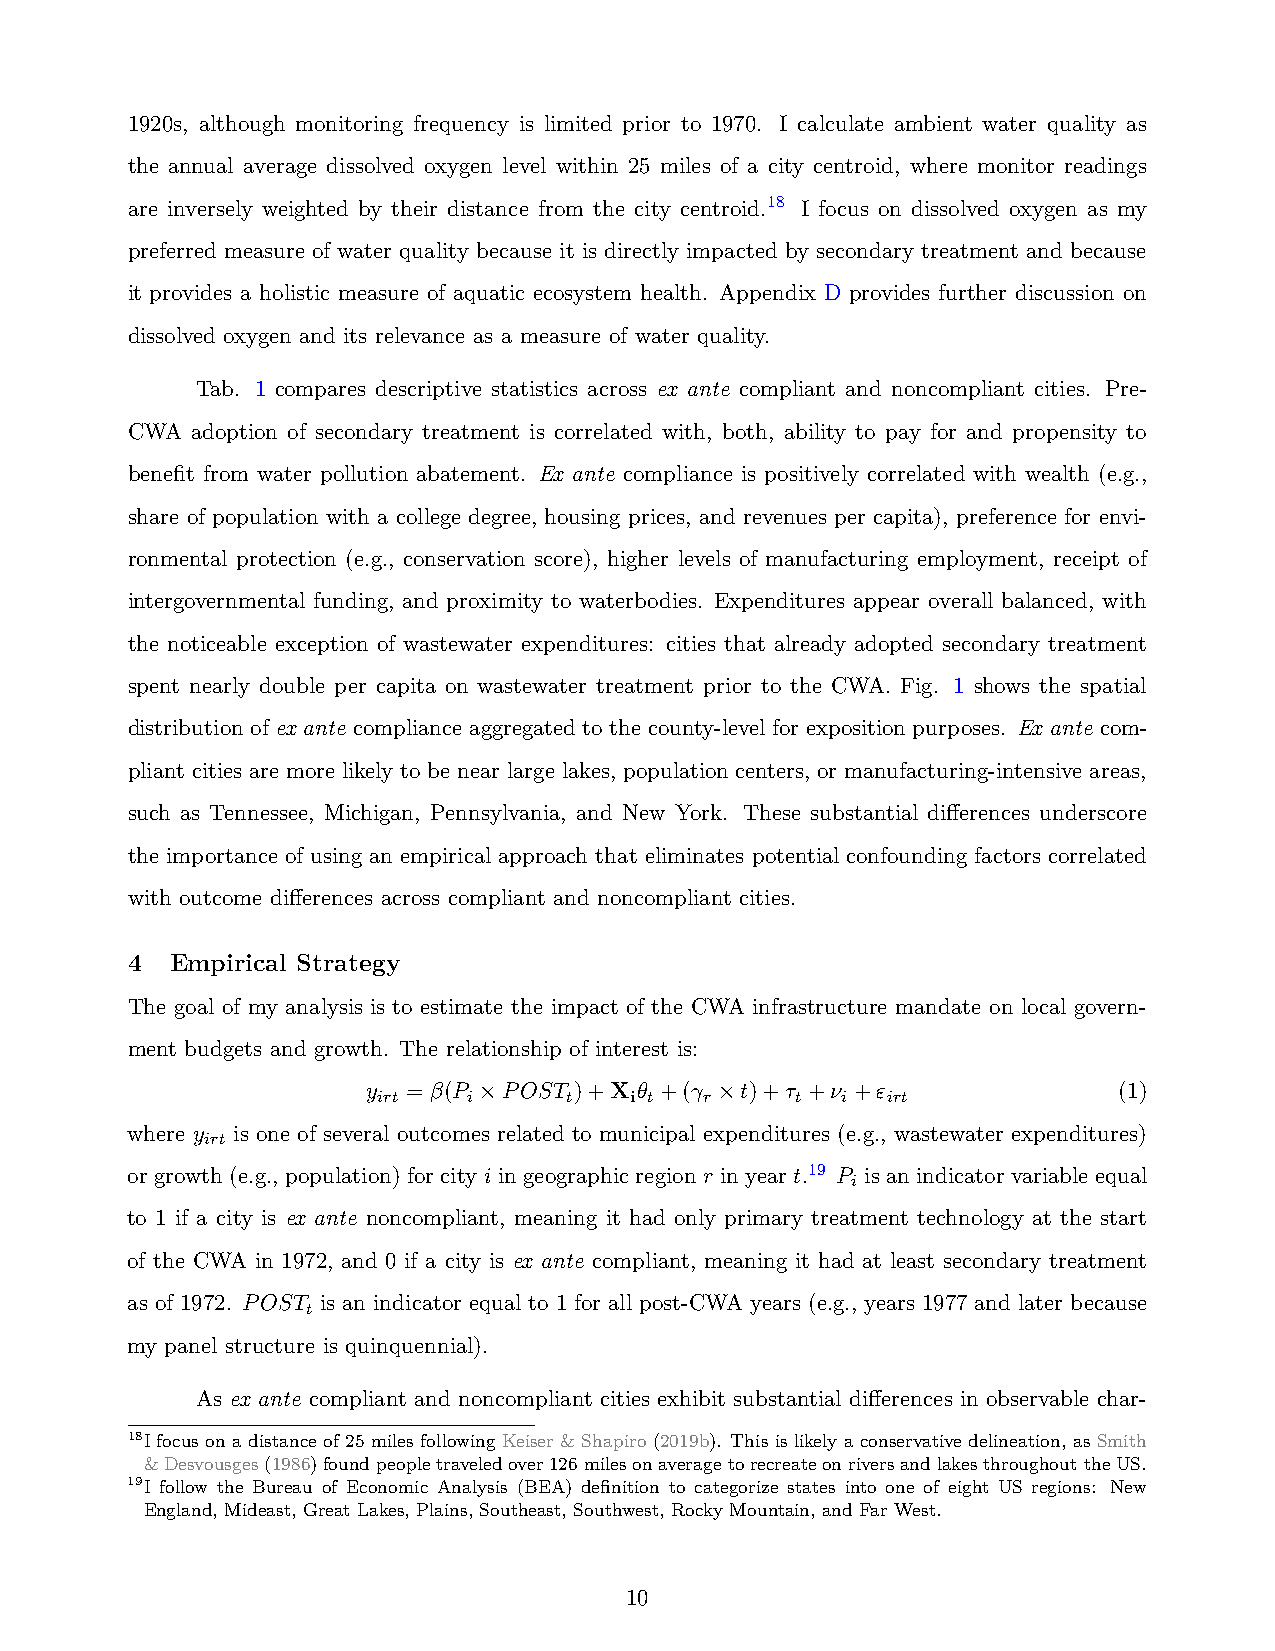
1920s, although monitoring frequency is limited prior to 1970. I calculate ambient water quality as
 the annual average dissolved oxygen level within 25 miles of a city centroid, where monitor readings
 are inversely weighted by their distance from the city centroid.18 I focus on dissolved oxygen as my
 preferred measure of water quality because it is directly impacted by secondary treatment and because
 it provides a holistic measure of aquatic ecosystem health. Appendix D provides further discussion on
 dissolved oxygen and its relevance as a measure of water quality.
 Tab. 1 compares descriptive statistics across ex ante compliant and noncompliant cities. Pre-
 CWA  adoption of secondary treatment is correlated with, both, ability to pay for and propensity to
 benefit from water pollution abatement. Ex ante compliance is positively correlated with wealth (e.g.,
 share of population with a college degree, housing prices, and revenues per capita), preference for envi-
 ronmental protection (e.g., conservation score), higher levels of manufacturing employment, receipt of
 intergovernmental funding, and proximity to waterbodies. Expenditures appear overall balanced, with
 the noticeable exception of wastewater expenditures: cities that already adopted secondary treatment
 spent nearly double per capita on wastewater treatment prior to the CWA. Fig. 1 shows the spatial
 distribution of ex ante compliance aggregated to the county-level for exposition purposes. Ex ante com-
 pliant cities are more likely to be near large lakes, population centers, or manufacturing-intensive areas,
 such as Tennessee, Michigan, Pennsylvania, and New York. These substantial differences underscore
 the importance of using an empirical approach that eliminates potential confounding factors correlated
 with outcome differences across compliant and noncompliant cities.
 4  Empirical Strategy
 The goal of my analysis is to estimate the impact of the CWA infrastructure mandate on local govern-
 ment budgets and growth. The relationship of interest is:
 y  = β(P ×POST )+X θ +(γ ×t)+τ +ν +ε              (1)
 irt   i     t    i t  r     t  i  irt
 where y is one of several outcomes related to municipal expenditures (e.g., wastewater expenditures)
 irt
 or growth (e.g., population) for city i in geographic region r in year t.19 P is an indicator variable equal
 i
 to 1 if a city is ex ante noncompliant, meaning it had only primary treatment technology at the start
 of the CWA in 1972, and 0 if a city is ex ante compliant, meaning it had at least secondary treatment
 as of 1972. POST is an indicator equal to 1 for all post-CWA years (e.g., years 1977 and later because
 t
 my panel structure is quinquennial).
 As ex ante compliant and noncompliant cities exhibit substantial differences in observable char-
 18I focus on a distance of 25 miles following Keiser & Shapiro (2019b). This is likely a conservative delineation, as Smith
 &Desvousges(1986)foundpeopletraveledover126milesonaveragetorecreateonriversandlakesthroughouttheUS.
 19I follow the Bureau of Economic Analysis (BEA) definition to categorize states into one of eight US regions: New
 England, Mideast, Great Lakes, Plains, Southeast, Southwest, Rocky Mountain, and Far West.
 10